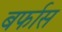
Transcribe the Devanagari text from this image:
बर्फास